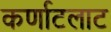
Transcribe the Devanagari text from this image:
कर्णाटलाट